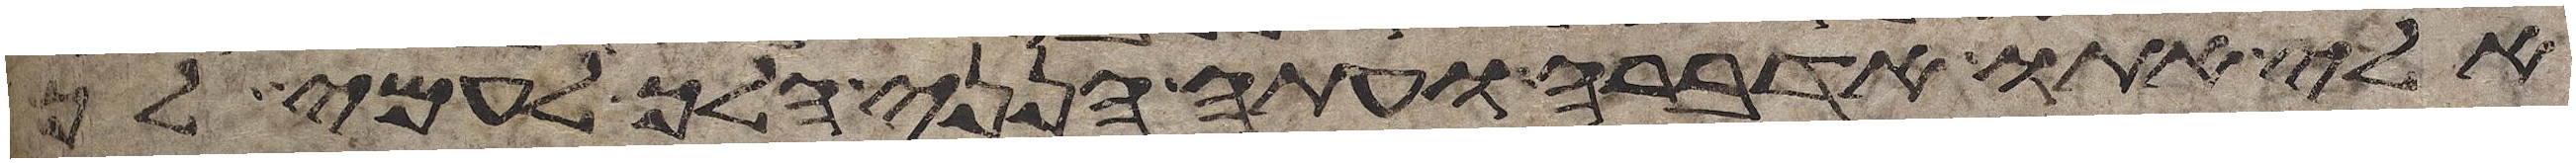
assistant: אלי אתו אדברה ועתה הנני הלך לעמי לך